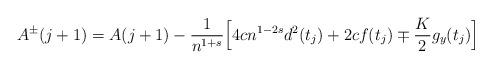
LaTeX: \begin{align*}A^\pm(j+1)=A(j+1)- \frac{1}{n^{1+s}}\Bigl[4cn^{1-2s}d^2(t_{j})+2c f(t_{j})\mp \frac{K}{2}g_y(t_{j})\Bigr]\end{align*}